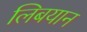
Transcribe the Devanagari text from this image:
लिबयान